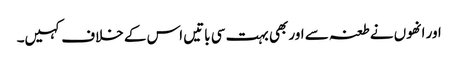
اور انھوں نے طعنہ سے اور بھی بہت سی باتیں اس کے خلاف کہیں۔